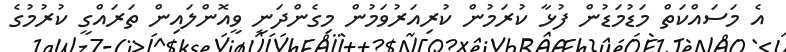
އެ މަސައްކަތް މަޑުމަޑުން ފުޅާ ކުރަމުން ކުރިއަރުވަމުން މިގެންދަނީ ވީއޮންލައިން ތަރައްގީ ކުރުމުގެ